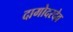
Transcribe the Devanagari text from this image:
दामोदरदेव